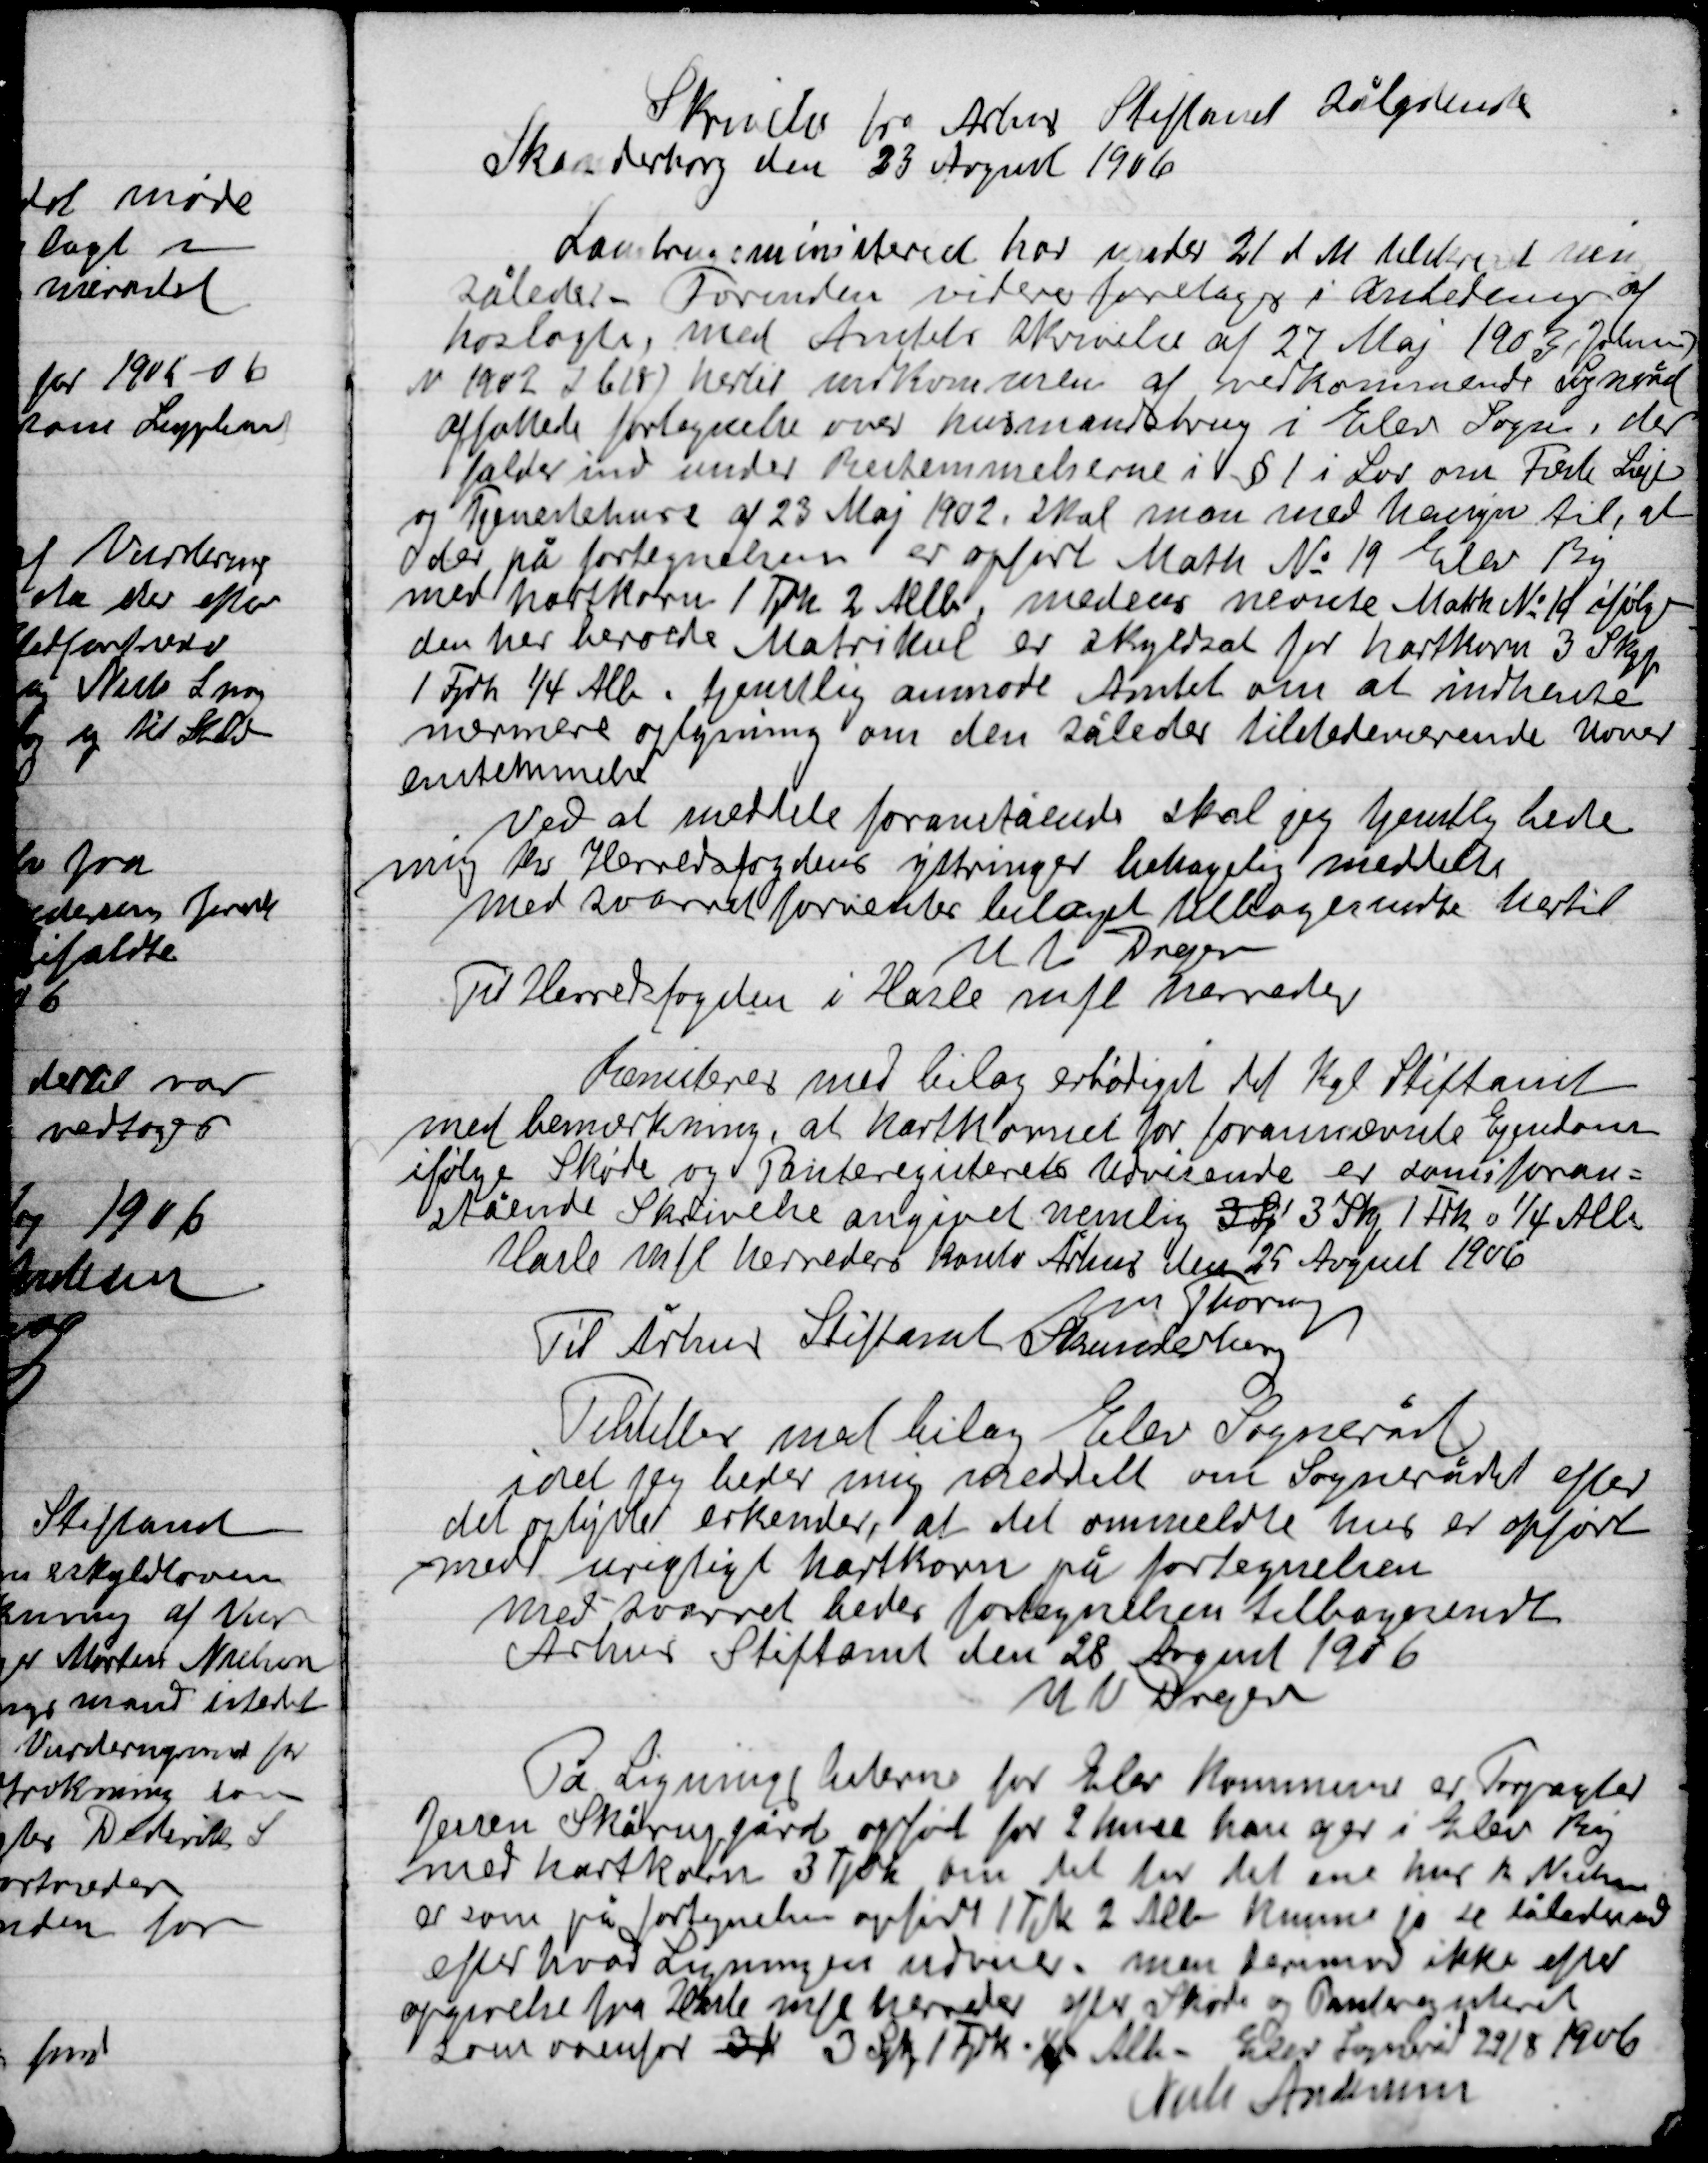
Transskription:
Skrivelse fra Århus Stiftsamt Rådskreds
Skanderborg den 23 august 1906

Landbrugsministeriet har under 21 d. M. tilskrevet min
Således Forinden videre foretages i anledning af
hoslagte med amtets skrivelse af 27 Maj 1903, Johannes
V. 1902 I 2618  hertil under Kommunen af vedkommende Sogneråd
affattes fortagelse over husmandsbrug i Elev Sogn, der
falder ind under Bestemmelserne i § 1 i Lov om Fæste Leje
og Tjenestehuse af 23 Maj 1902 Skal man med hensyn til
der på fortegnelsen er opført Matk No. 19 Elev By
med hartkorn 1 Fjrk. 2 Alb. medens Nævnete Matk. No. 19 ifølge
den her berørde Matrikel er skyldsat for hartkorn 3 Skpp.
1 Fjrk. ¼ Alb. tjemlig anmode Amtet om at indhente
nærmere oplysning om den således tilstedeværende Uover-
ensstemmelse
Ved at meddele foranstående skal jeg tjenstlig lede
mig hos Herredsfogden ytringer behagelig meddelelse
med svaret forestående belaget tilbagesende hertil
U.V. Drejer

Til Herredsfogeden i Hasle mfl. Herreder
 med bilag ærbødigst det Kgl. Stiftsamt
med bemærkning, at hartkornet for foranmævnte Ejendom
ifølge Skøde og Panteregistrering Udvisende er Landsforan-
stående skrivelse angivet memlig 3 Skp. 1 Fjrk. 0 ¼ Alb.
Hasle mfl. Herreders konto Århus den 25 august 1906
Form. Thornin

Til Århus Stiftsamt Skanderborg
Tildelles med bilag Elev Sogneråd
Idet jeg beder mig meddele om Sognerådet efter
det oplyste erkender, at det ommeldte her er opført
med urigtigt hartkorn på fortegnelsen
med svaret beder fortegnelsen tilbagesendt
Århus Stiftsamt den 28 August 1906
U.V. Drejer

På Lignings brevene for Elev Kommune er Forpagter
Jensen Skåarupgård opført for 2 huse han der i Elev By
med hartkorn 3 Fjrk. om det ter det ene hus R. Nielsen
 er som på fortegnelsen opført 1 Fjk. 2 Alb. kunne jo de således
efter hvad Ligningen  udviser men derimod ikke efter
opgørelsen fra Hasle mfl. Herredes efter Skøde og Panteregistreret
som ovenfor 3 K 3 Skp. 1 Fjrk. ½ Alb. Elev Sogneråd 29/8 1906
Niels Andersen